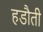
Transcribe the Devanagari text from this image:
हडौती